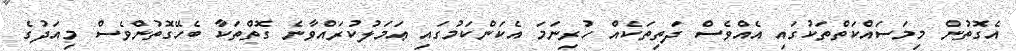
އެގޮތުން މިމަސައްކަތްތަކުގައި އެއްވެސް ދަތިތަކެއް ހުރިނަމަ އެކަންކަމުގައި ޢަމަލުކުރައްވާނެ ގޮތްތަކާ ބެހޭގޮތުންވެސް މިއަދުގެ